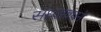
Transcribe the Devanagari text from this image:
संध्यावचने